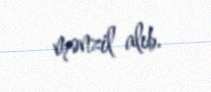
mənzil alıb.